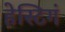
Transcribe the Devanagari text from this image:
हेस्टिगं